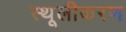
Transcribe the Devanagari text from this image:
स्थूलीकरण